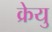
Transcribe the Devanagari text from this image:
क्रेयु